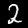
Digit: 2